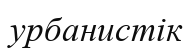
урбанистік